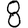
Digit: 8